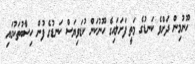
ހޫނުމިން ދަށްވެ ކަނޑުގެ މަތީ ފަށަލައިގެ ހޫނުކަން ކުޑަވިޔަސް ކަނޑުގެ ފުން ހިސާބުތަކުގައި